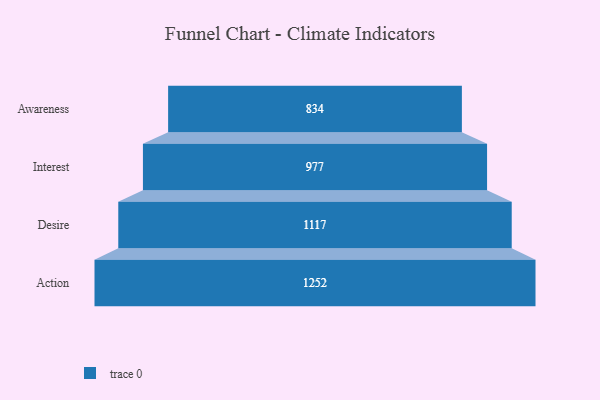
{"axis": {"x": "Stage", "y": "Value"}, "legend": [""], "data": [{"x": "Awareness", "y": 834.0, "type": ""}, {"x": "Interest", "y": 977.0, "type": ""}, {"x": "Desire", "y": 1117.0, "type": ""}, {"x": "Action", "y": 1252.0, "type": ""}]}